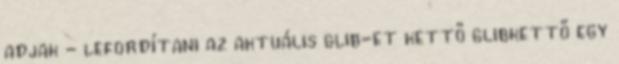
adjak - lefordítani az aktuális glib-et kettő glibkettő egy